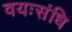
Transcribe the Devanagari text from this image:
वयःसंधि